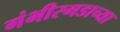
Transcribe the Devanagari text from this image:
गंभीरगडाच्या